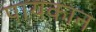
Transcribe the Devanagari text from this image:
पायकान